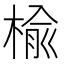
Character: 楡